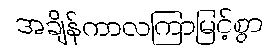
အချိန်ကာလကြာမြင့်စွာ